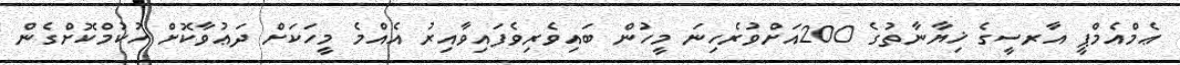
ޢެމްއެމްޕީ އާރސީގެ ޚިޔާނާތުގެ 200އަށްވުރެހިނަ މީހުން ބައިވެރިވެފައިވާއިރު އެއްމެ މީހަކަށް ދަޢުވާކޮށް ހުކުމްކޮށްގެން